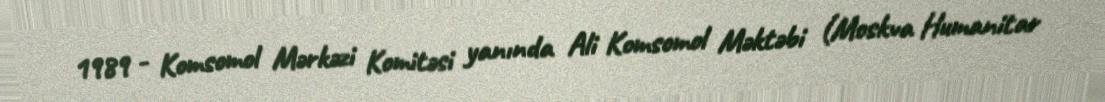
1989 - Komsomol Mərkəzi Komitəsi yanında Ali Komsomol Məktəbi (Moskva Humanitar